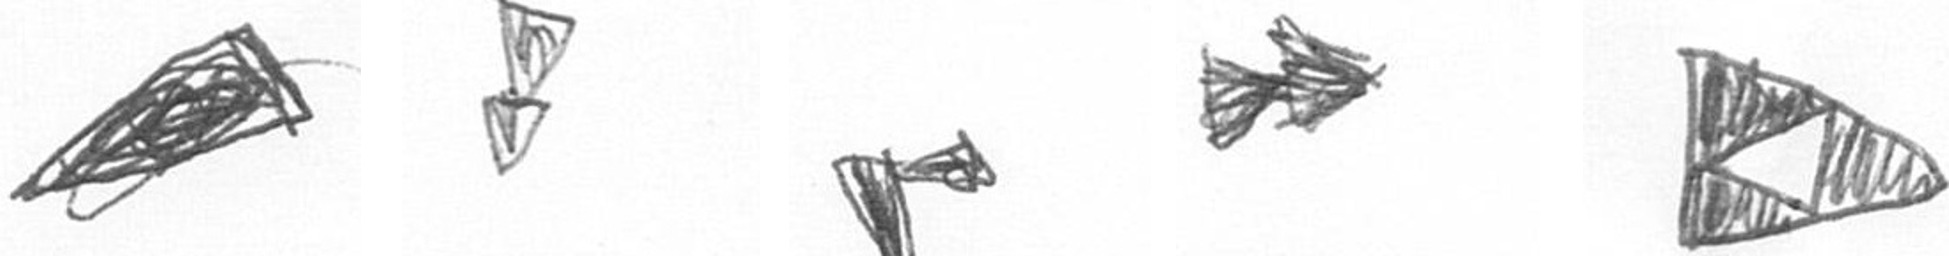
O Z F A K